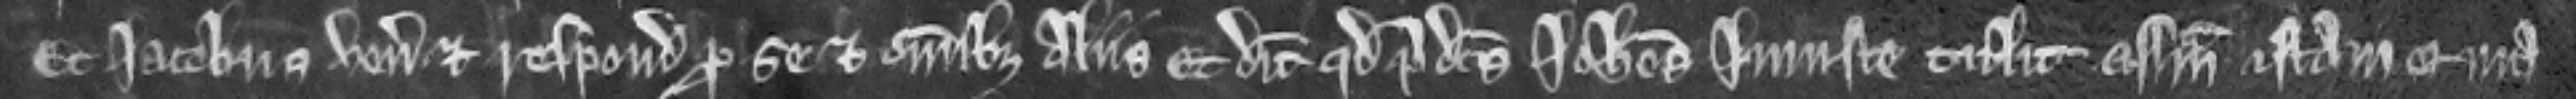
Et Jacobus venit et respondet pro se et omnibus aliis et dicit quod predictus Johannes injuste tulit assisam istam quia